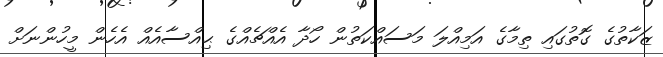
ޒަކާތުގެ ގޮތުގައި ތިމާގެ އަމިއްލަ މަސައްކަތުން ހޯދާ އެއްޗެއްގެ ޙިއްސާއެއް އެހެން މީހުންނަށް